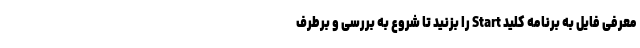
معرفی فایل به برنامه کلید Start را بزنید تا شروع به بررسی و برطرف